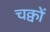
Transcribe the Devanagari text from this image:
चक्वों